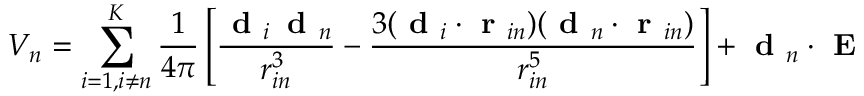
V _ { n } = \sum _ { i = 1 , i \neq n } ^ { K } \frac { 1 } { 4 \pi } \left[ \frac { \textbf { d } _ { i } \, \textbf { d } _ { n } } { r _ { i n } ^ { 3 } } - \frac { 3 ( \textbf { d } _ { i } \cdot \textbf { r } _ { i n } ) ( \textbf { d } _ { n } \cdot \textbf { r } _ { i n } ) } { r _ { i n } ^ { 5 } } \right] + \textbf { d } _ { n } \cdot \textbf { E }